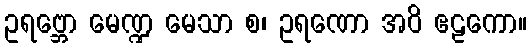
ဥရဗ္ဘော မေဏ္ဍ မေသာ စ၊ ဥရဏော အဝိ ဧဠကော။